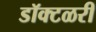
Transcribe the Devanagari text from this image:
डॉक्टळरी